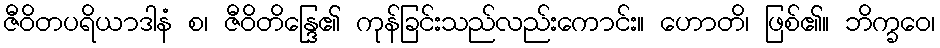
ဇီဝိတပရိယာဒါနံ စ၊ ဇီဝိတိန္ဒြေ၏ ကုန်ခြင်းသည်လည်းကောင်း။ ဟောတိ၊ ဖြစ်၏။ ဘိက္ခဝေ၊